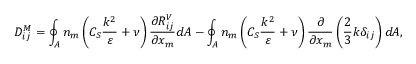
D _ { i j } ^ { M } = \oint _ { A } n _ { m } \left( C _ { S } \frac { k ^ { 2 } } { \varepsilon } + \nu \right) \frac { \partial R _ { i j } ^ { V } } { \partial x _ { m } } d A - \oint _ { A } n _ { m } \left( C _ { S } \frac { k ^ { 2 } } { \varepsilon } + \nu \right) \frac { \partial } { \partial x _ { m } } \left( \frac { 2 } { 3 } k \delta _ { i j } \right) d A ,